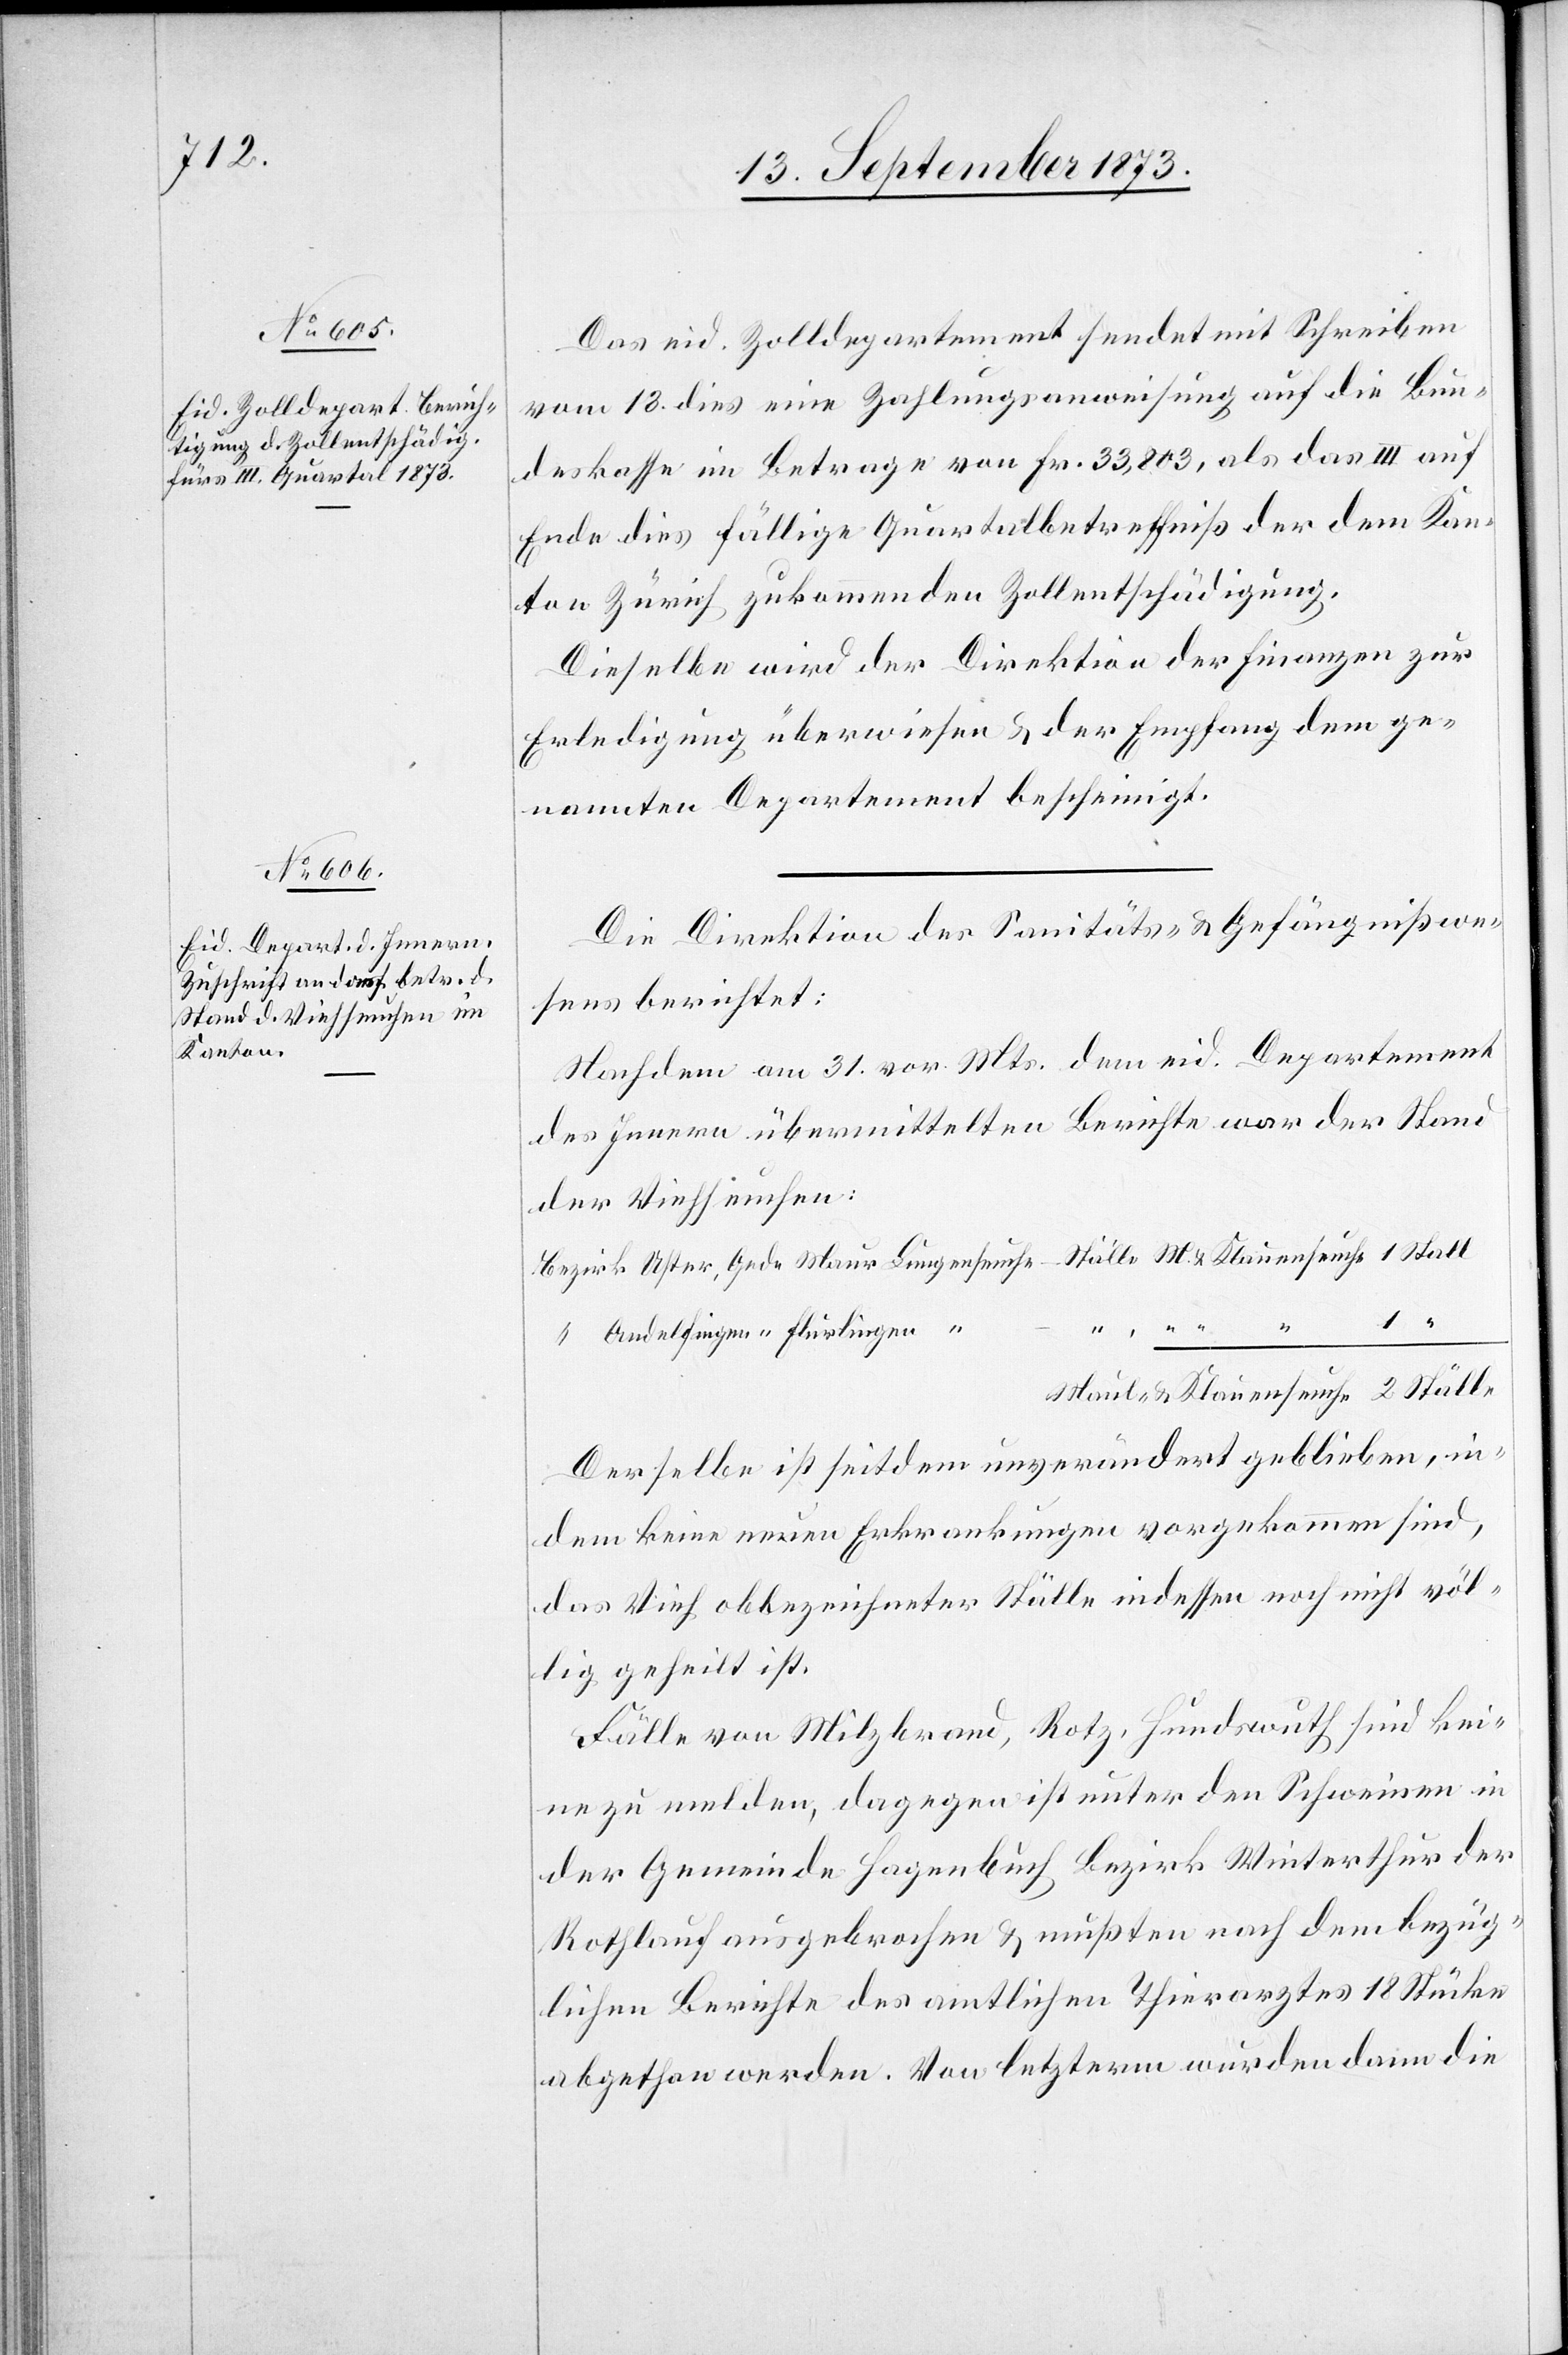
15. September 1873.]
Die Direktion des Sanitäts- & Gefängnißwe¬
sens berichtet:
Nachdem [sic!] am 31. vor. Mts. dem eid. Departement
des Innern übermittelten Berichte war der Stand
der Viehseuchen:
M.
Maul- & Klauenseuche 2 Ställe
Derselbe ist seitdem unverändert geblieben, in¬
dem keine neuen Erkrankungen vorgekommen sind,
das Vieh obbezeichneter Ställe indessen noch nicht völ¬
lig geheilt ist.
Fälle von Milzbrand, Rotz, Hundswuth sind kei¬
ne zu melden, dagegen ist unter den Schweinen in
der Gemeinde Hagenbuch Bezirk Winterthur der
Rothlauf ausgebrochen & mußten nach dem bezüg¬
lichen Berichte des amtlichen Thierarztes 18 Stücke
abgethan werden. Von letzterm wurden dann die